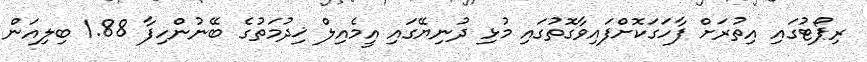
ރިޕޯޓުގައި އިތުރަށް ފާހަގަކޮށްފައިވާގޮތުގައި މުޅި ދުނިޔޭގައި އީމެއިލް ޚިދުމަތުގެ ބޭނުންހިފާ 1.88 ބިލިއަން